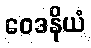
ဝေဒနိယံ